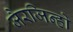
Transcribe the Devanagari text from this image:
जैरजिन्हो